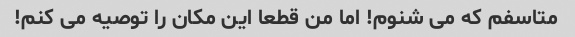
متاسفم که می شنوم! اما من قطعا این مکان را توصیه می کنم!